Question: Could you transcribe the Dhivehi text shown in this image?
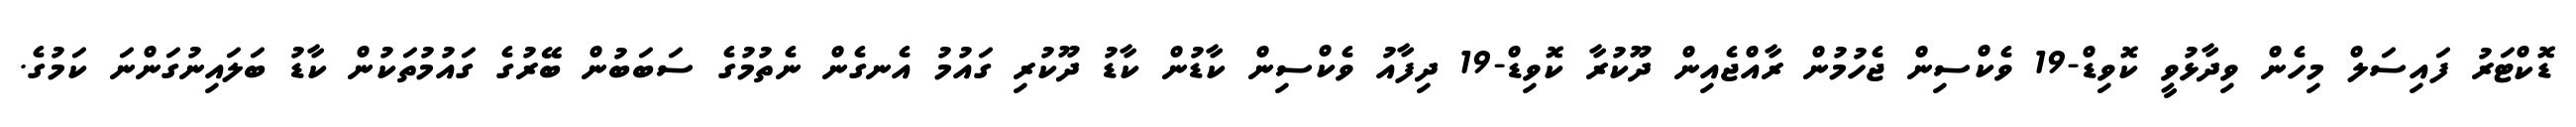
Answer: ޑޮކްޓަރު ފައިސަލް މިހެން ވިދާޅުވީ ކޮވިޑް-19 ވެކްސިން ޖެހުމުން ރާއްޖެއިން ދޫކުރާ ކޮވިޑް-19 ދިފާއު ވެކްސިން ކާޑުން ކާޑު ދޫކުރި ގައުމު އެނގެން ނެތުމުގެ ސަބަބުން ބޭރުގެ ގައުމުތަކުން ކާޑު ބަލައިނުގަންނަ ކަމުގެ.